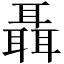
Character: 聶